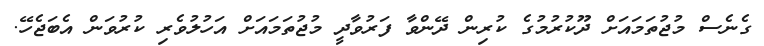
ގެނެސް މުޖުތަމައަށް ދޫކުރުމުގެ ކުރިން ދޭންވާ ފަރުވާދީ މުޖުތަމައަށް އަހުލުވެރި ކުރުވަން އެބަޖެހޭ.